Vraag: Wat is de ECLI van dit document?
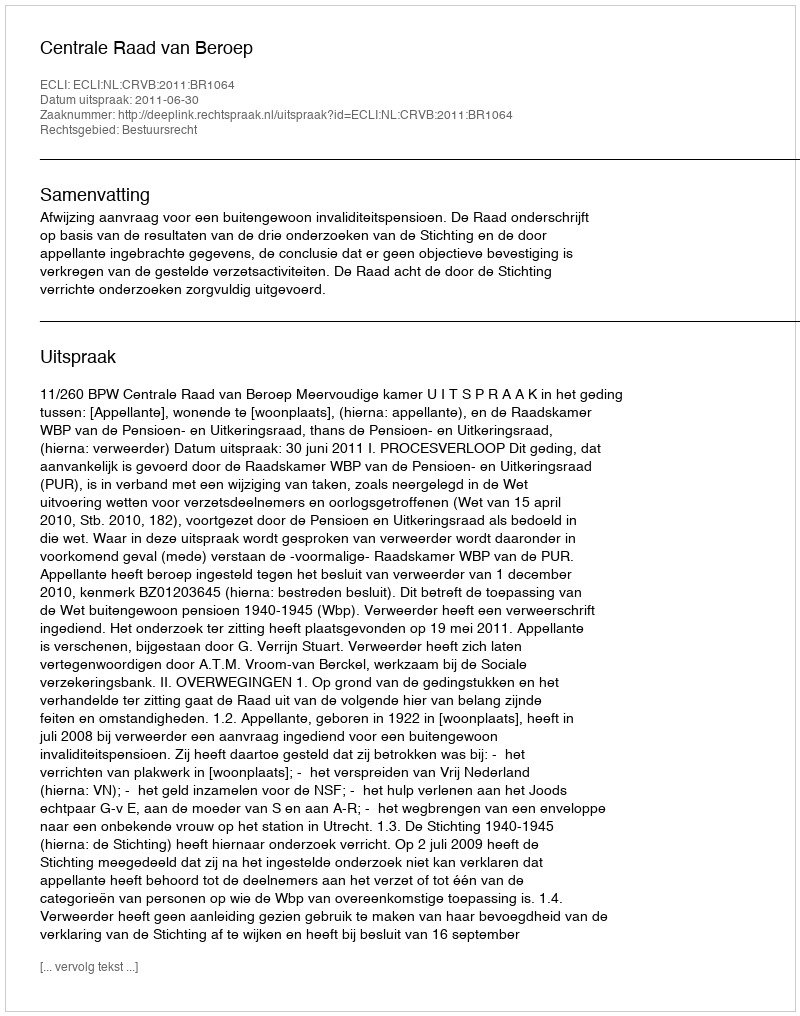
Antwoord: ECLI:NL:CRVB:2011:BR1064